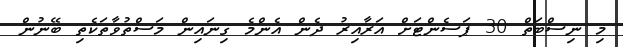
މި ނިސްބަތް 30 ޕަސެންޓަށް އަރާއިރު ދެން އެންމެ ގިނައިން މަސްތުވާތަކެތި ބޭނުން